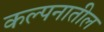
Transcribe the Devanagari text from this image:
कल्पनातील